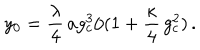
\: y _ { 0 } = \frac { \lambda } { 4 } \, a g _ { c } ^ { 3 } / ( 1 + \frac { \kappa } { 4 } \, g _ { c } ^ { 2 } ) \, . \: